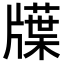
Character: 𤗽